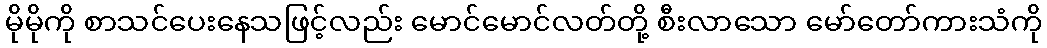
မိုမိုကို စာသင်ပေးနေသဖြင့်လည်း မောင်မောင်လတ်တို့ စီးလာသော မော်တော်ကားသံကို